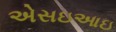
એસઇઆઇ